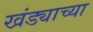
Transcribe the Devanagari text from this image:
खंड्याच्या